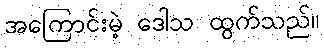
အကြောင်းမဲ့ ဒေါသ ထွက်သည်။